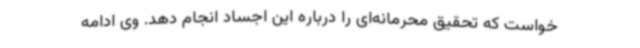
خواست که تحقیق محرمانه‌ای را درباره این اجساد انجام دهد. وی ادامه